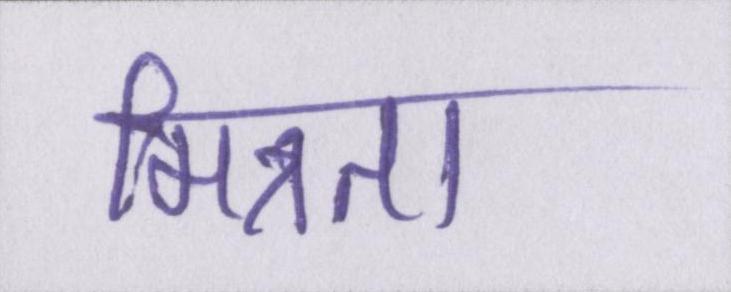
मित्रता